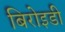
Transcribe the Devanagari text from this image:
बिरोइडी